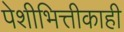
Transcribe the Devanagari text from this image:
पेशीभित्तीकाही